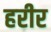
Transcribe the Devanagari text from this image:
हरीर